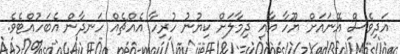
އަދިވެސް އޭނައަށް ޔޫހާ އާއި ދިމާލަށް ކިޔުނު ހުރިހާ އެއްޗެއް ހަނދާން އެބަހުއްޓެވެ.